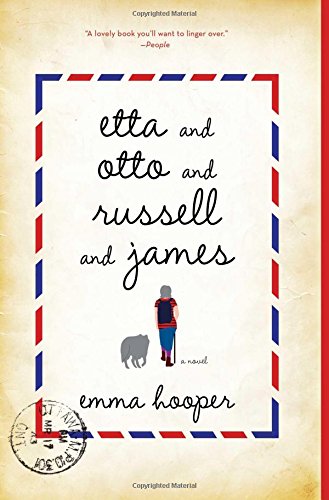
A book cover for Etta and Otto and Russell and James: A Novel; Emma Hooper; Science Fiction & Fantasy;